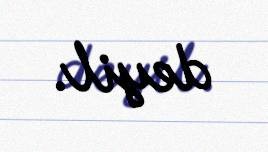
deyil.